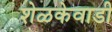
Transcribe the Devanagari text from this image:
शेळकेवाडी